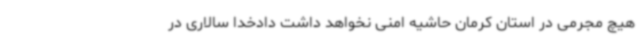
هیچ مجرمی در استان کرمان حاشیه امنی نخواهد داشت دادخدا سالاری در